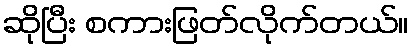
ဆိုပြီး စကားဖြတ်လိုက်တယ်။